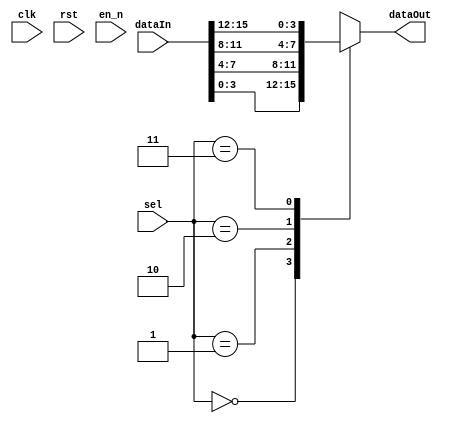
/*
DESCRIPTION

NOTES

TODO

*/

module mux_r0 #(
	parameter BIT_WIDTH = 4,
	parameter DEPTH = 4,
	parameter SEL_WIDTH = log2(DEPTH)
)(
	input clk,
	input rst,
	input en_n,
	input [BIT_WIDTH*DEPTH - 1:0] dataIn,
	input [SEL_WIDTH - 1:0] sel,
	output [BIT_WIDTH - 1:0] dataOut
);

	/**********
	 *  Array Packing Defines 
	 **********/
//These are preprocessor defines similar to C/C++ preprocessor or VHDL functions
	`define PACK_ARRAY(PK_WIDTH,PK_DEPTH,PK_SRC,PK_DEST, BLOCK_ID, GEN_VAR)    genvar GEN_VAR; generate for (GEN_VAR=0; GEN_VAR<(PK_DEPTH); GEN_VAR=GEN_VAR+1) begin: BLOCK_ID assign PK_DEST[((PK_WIDTH)*GEN_VAR+((PK_WIDTH)-1)):((PK_WIDTH)*GEN_VAR)] = PK_SRC[GEN_VAR][((PK_WIDTH)-1):0]; end endgenerate
	`define UNPACK_ARRAY(PK_WIDTH,PK_DEPTH,PK_DEST,PK_SRC, BLOCK_ID, GEN_VAR)  genvar GEN_VAR; generate for (GEN_VAR=0; GEN_VAR<(PK_DEPTH); GEN_VAR=GEN_VAR+1) begin: BLOCK_ID assign PK_DEST[GEN_VAR][((PK_WIDTH)-1):0] = PK_SRC[((PK_WIDTH)*GEN_VAR+(PK_WIDTH-1)):((PK_WIDTH)*GEN_VAR)]; end endgenerate

/**********
 * Internal Signals
**********/

function integer log2; //This is a macro function (no hardware created) which finds the log2, returns log2
   input [31:0] val; //input to the function
   integer 	i;
   begin
      log2 = 0;
      for(i = 0; 2**i < val; i = i + 1)
		log2 = i + 1;
   end
endfunction

	wire [BIT_WIDTH - 1:0] tmp [DEPTH - 1:0]; //input as array

/**********
 * Glue Logic 
 **********/
 
 `UNPACK_ARRAY(BIT_WIDTH,DEPTH,tmp,dataIn, U_BLK_0, idx_0)
 
/**********
 * Synchronous Logic
 **********/
/**********
 * Glue Logic 
 **********/
/**********
 * Components
 **********/
/**********
 * Output Combinatorial Logic
 **********/

 assign dataOut = tmp[sel];
 
endmodule